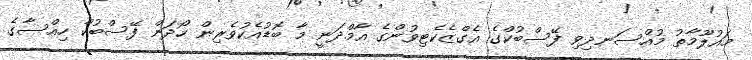
މައުލޫމާތު މުއްސަނދިވި ފޭސްބުކްގެ އެގްޒެކެޓިވުންގެ އާމްދަނީ މާ ބޮޑުއެކުވެރިން ހޯދަން ފޭސްބުކް ހިއްސާގެ